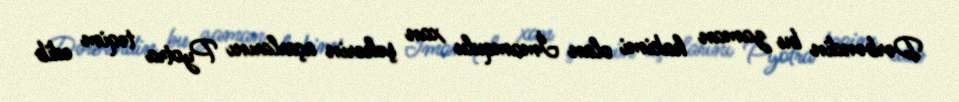
Dərbəndin bu zaman hakimi olan İmamqulu xan şəhərin açarlarını Pyotra təqim edib